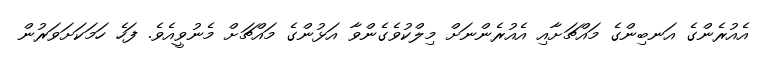
އެއުރެންގެ އަނބިންގެ މައްޗަށާއި އެއުރެންނަށް މިލްކުވެގެންވާ އަޅުންގެ މައްޗަށް މެނުވީއެވެ. ފަހެ ހަމަކަށަވަރުން